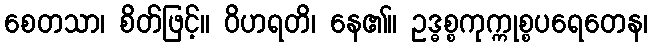
စေတသာ၊ စိတ်ဖြင့်။ ဝိဟရတိ၊ နေ၏။ ဥဒ္ဓစ္စကုက္ကုစ္စပရေတေန၊